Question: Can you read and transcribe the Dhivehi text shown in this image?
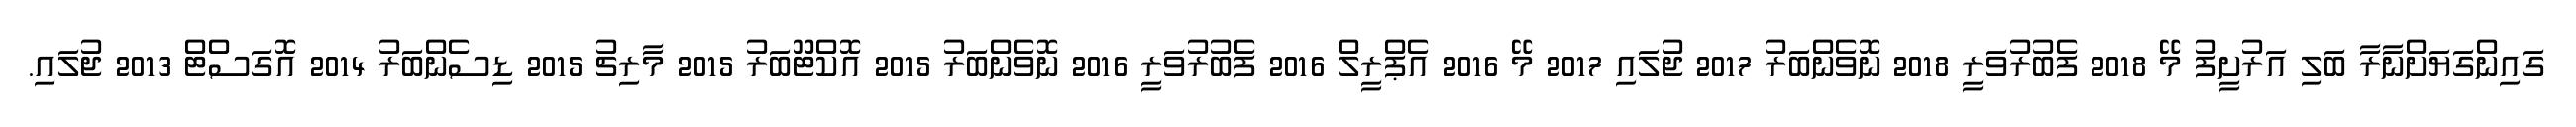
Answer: ގައިންގަޔަށްނާރާ ބަލި އަރުށީފު މޭ 2018 ފެބުރުވަރީ 2018 ނޮވެންބަރު 2017 ޖުލައި 2017 މޭ 2016 އެޕްރީލް 2016 ފެބުރުވަރީ 2016 ނޮވެންބަރު 2015 އޮކްޓޫބަރު 2015 މާރިޗު 2015 ޑިސެންބަރު 2014 އޮގަސްޓް 2013 ޖުލައި.